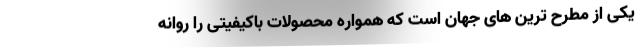
یکی از مطرح ترین های جهان است که همواره محصولات باکیفیتی را روانه